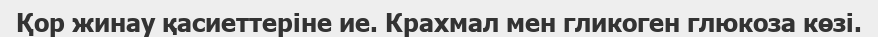
Қор жинау қасиеттеріне ие. Крахмал мен гликоген глюкоза көзі.